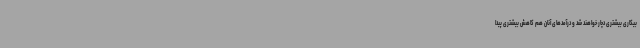
بیکاری بیشتری دچار خواهند شد و درآمد‌های آنان هم کاهش بیشتری پیدا